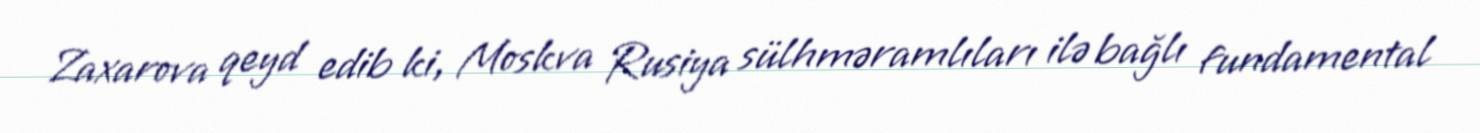
Zaxarova qeyd edib ki, Moskva Rusiya sülhməramlıları ilə bağlı fundamental